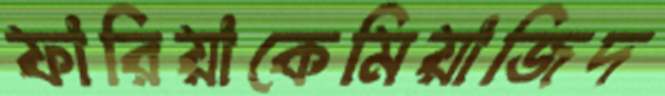
ফারিয়াকেমিয়াজিদ